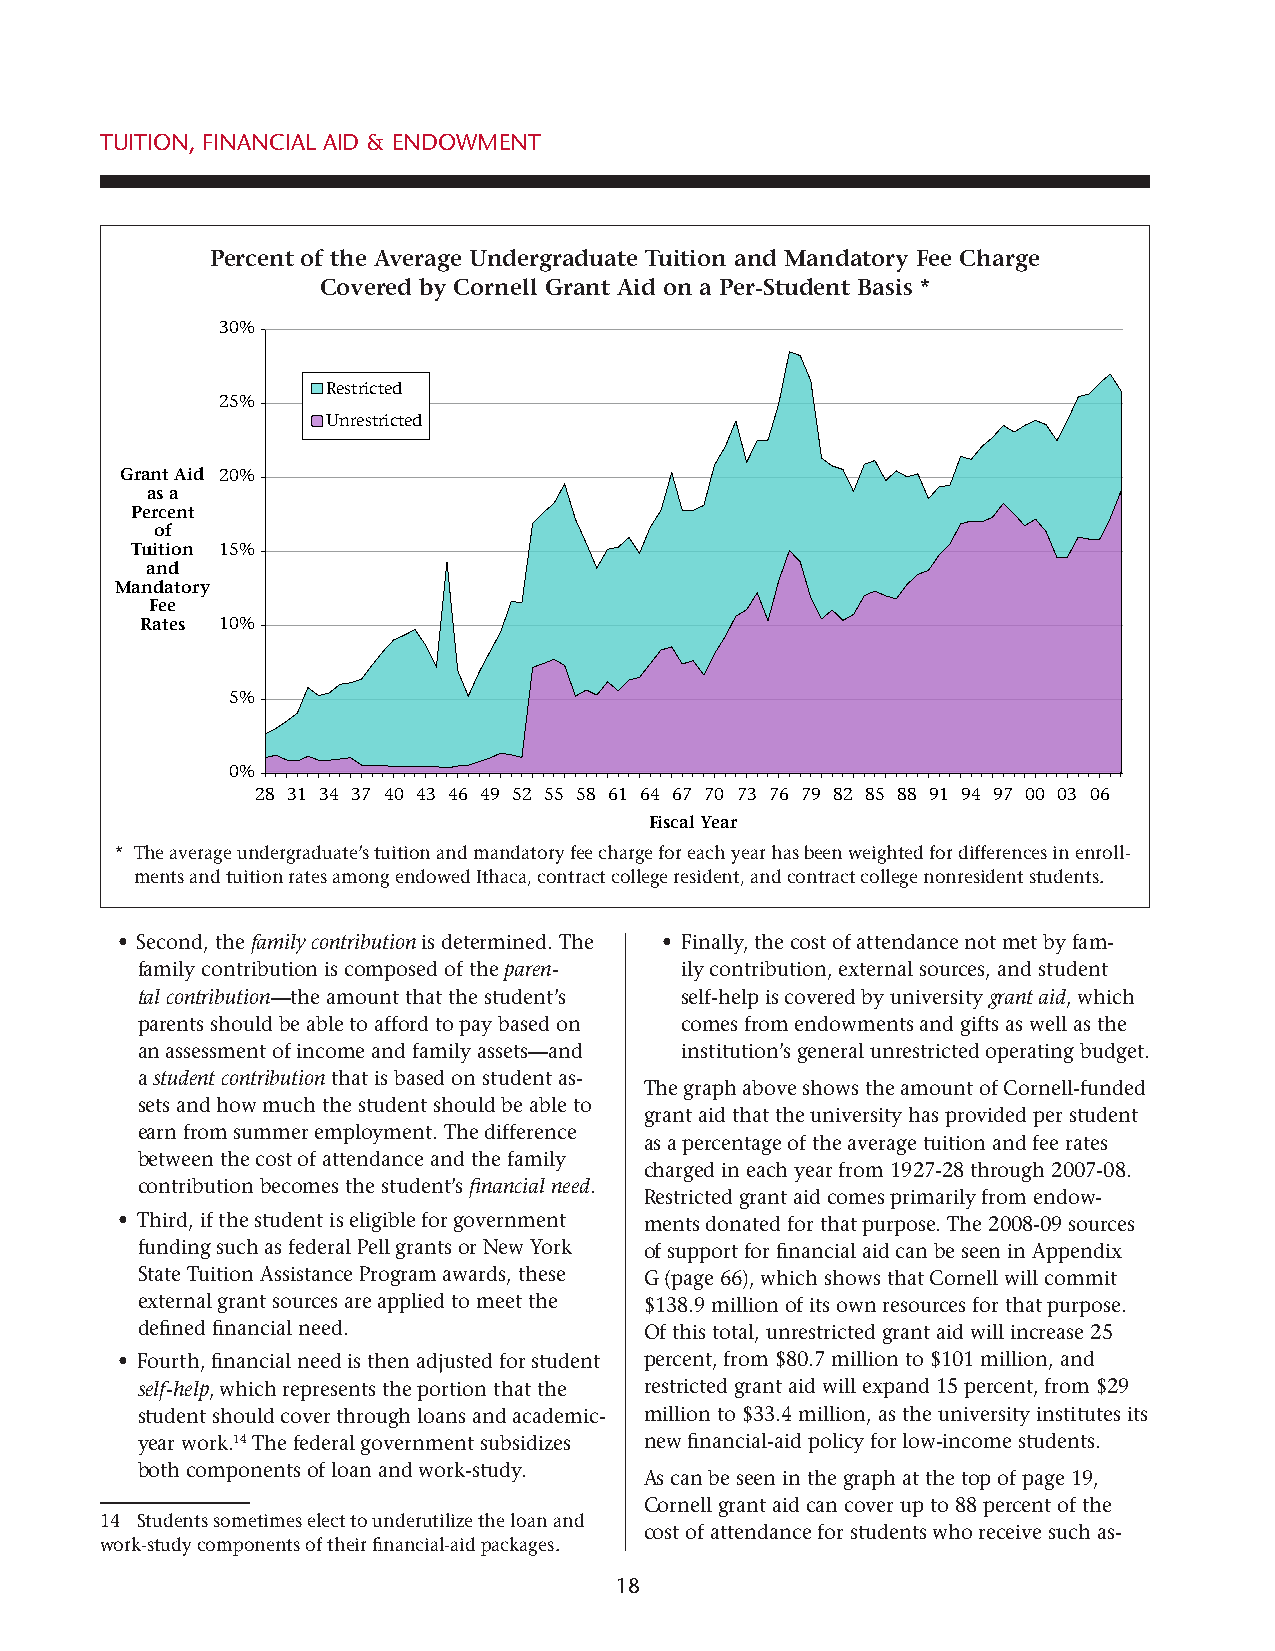
tuition, Financial aid & endowment
 Percent of the Average Undergraduate Tuition and Mandatory Fee Charge
 Covered by Cornell Grant Aid on a Per-Student Basis *
 30%
 Restricted
 25%
 Unrestricted
 Grant Aid 20%
 as a
 Percent
 of
 Tuition 15%
 and
 Mandatory
 Fee
 Rates 10%
 5%
 0%
 28 31 34 37 40 43 46 49 52 55 58 61 64 67 70 73 76 79 82 85 88 91 94 97 00 03 06
 Fiscal Year
 * The average undergraduate’s tuition and mandatory fee charge for each year has been weighted for differences in enroll-
 ments and tuition rates among endowed Ithaca, contract college resident, and contract college nonresident students.
 • Second, the family contribution is determined. The • Finally, the cost of attendance not met by fam-
 family contribution is composed of the paren- ily contribution, external sources, and student
 tal contribution—the amount that the student’s self-help is covered by university grant aid, which
 parents should be able to afford to pay based on comes from endowments and gifts as well as the
 an assessment of income and family assets—and institution’s general unrestricted operating budget.
 a student contribution that is based on student as-
 The graph above shows the amount of Cornell-funded
 sets and how much the student should be able to
 grant aid that the university has provided per student
 earn from summer employment. The difference
 as a percentage of the average tuition and fee rates
 between the cost of attendance and the family
 charged in each year from 1927-28 through 2007-08.
 contribution becomes the student’s financial need.
 Restricted grant aid comes primarily from endow-
 • Third, if the student is eligible for government ments donated for that purpose. The 2008-09 sources
 funding such as federal Pell grants or New York of support for financial aid can be seen in Appendix
 State Tuition Assistance Program awards, these G (page 66), which shows that Cornell will commit
 external grant sources are applied to meet the $138.9 million of its own resources for that purpose.
 defined financial need.           Of this total, unrestricted grant aid will increase 25
 • Fourth, financial need is then adjusted for student percent, from $80.7 million to $101 million, and
 self-help, which represents the portion that the restricted grant aid will expand 15 percent, from $29
 student should cover through loans and academic- million to $33.4 million, as the university institutes its
 year work.14 The federal government subsidizes new financial-aid policy for low-income students.
 both components of loan and work-study.
 As can be seen in the graph at the top of page 19,
 Cornell grant aid can cover up to 88 percent of the
 14 Students sometimes elect to underutilize the loan and
 cost of attendance for students who receive such as-
 work-study components of their financial-aid packages.
 18